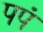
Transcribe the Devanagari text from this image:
पपं